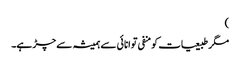
)
مگر طبیعیات کو منفی توانائی سے ہمیشہ سے چڑ ہے۔